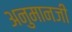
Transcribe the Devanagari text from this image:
अनुमानजी